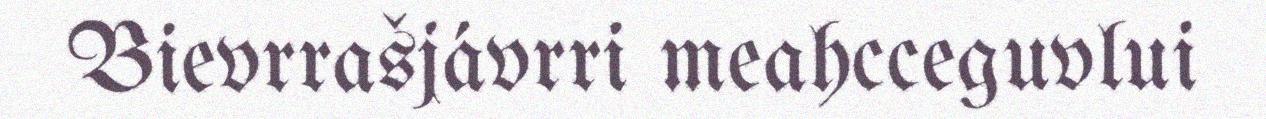
Bievrrašjávrri meahcceguvlui